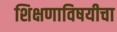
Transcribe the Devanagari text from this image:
शिक्षणाविषयीचा